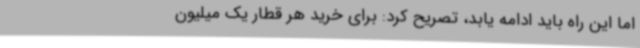
اما این راه باید ادامه یابد، تصریح کرد: برای خرید هر قطار یک میلیون